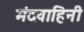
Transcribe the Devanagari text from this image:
मंदवाहिनी